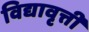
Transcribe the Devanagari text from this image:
विद्यावृत्ती